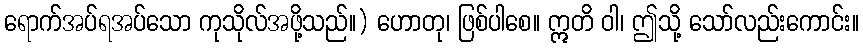
ရောက်အပ်ရအပ်သော ကုသိုလ်အဖို့သည်။) ဟောတု၊ ဖြစ်ပါစေ။ ဣတိ ဝါ၊ ဤသို့ သော်လည်းကောင်း။